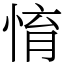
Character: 㥔